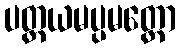
ပတ္ထယမပ္ပမတ္တော